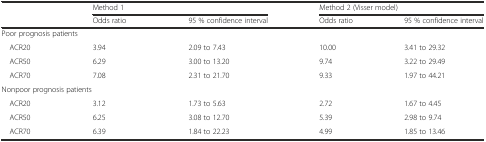
|  | <COLSPAN=2> Method 1 | <COLSPAN=2> Method 2 (Visser model) |
 |  | Odds ratio | 95 % confidence interval | Odds ratio | 95 % confidence interval |
 | --- | --- | --- | --- | --- |
 | <COLSPAN=2> Poor prognosis patients |  |  |  |
 | ACR20 | 3.94 | 2.09 to 7.43 | 10.00 | 3.41 to 29.32 |
 | ACR50 | 6.29 | 3.00 to 13.20 | 9.74 | 3.22 to 29.49 |
 | ACR70 | 7.08 | 2.31 to 21.70 | 9.33 | 1.97 to 44.21 |
 | <COLSPAN=2> Nonpoor prognosis patients |  |  |  |
 | ACR20 | 3.12 | 1.73 to 5.63 | 2.72 | 1.67 to 4.45 |
 | ACR50 | 6.25 | 3.08 to 12.70 | 5.39 | 2.98 to 9.74 |
 | ACR70 | 6.39 | 1.84 to 22.23 | 4.99 | 1.85 to 13.46 |